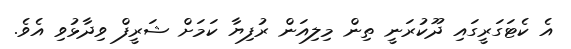
އެ ކެޓަގަރީގައި ދޫކުރަނީ ތިން މިލިއަން ރުފިޔާ ކަމަށް ޝަރީފް ވިދާޅުވި އެވެ.